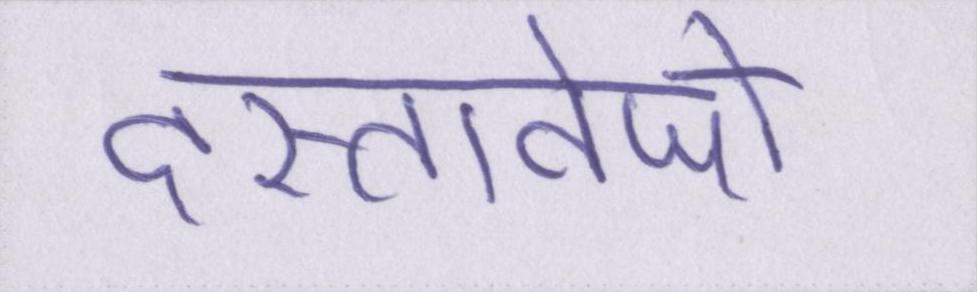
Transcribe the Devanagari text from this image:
दस्तावेजों